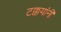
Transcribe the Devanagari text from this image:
टक्कयांनी